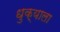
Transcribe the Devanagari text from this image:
धुक्‍याला